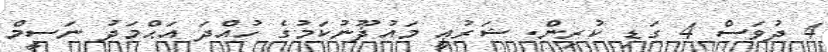
4 ދުވަސް 4 ގަޑި ކުރިން. ޝަރުޢީ މައުޛޫނުކަމުގެ ހުއްދަ އަޙްމަދު ނަސީމް